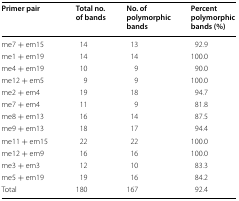
<table><thead><tr><td><b>Primer pair</b></td><td><b>Total no. of bands</b></td><td><b>No. of polymorphic bands</b></td><td><b>Percent polymorphic bands (%)</b></td></tr></thead><tbody><tr><td>me7 + em15</td><td>14</td><td>13</td><td>92.9</td></tr><tr><td>me1 + em19</td><td>14</td><td>14</td><td>100.0</td></tr><tr><td>me4 + em19</td><td>10</td><td>9</td><td>90.0</td></tr><tr><td>me12 + em5</td><td>9</td><td>9</td><td>100.0</td></tr><tr><td>me2 + em4</td><td>19</td><td>18</td><td>94.7</td></tr><tr><td>me7 + em4</td><td>11</td><td>9</td><td>81.8</td></tr><tr><td>me8 + em13</td><td>16</td><td>14</td><td>87.5</td></tr><tr><td>me9 + em13</td><td>18</td><td>17</td><td>94.4</td></tr><tr><td>me11 + em15</td><td>22</td><td>22</td><td>100.0</td></tr><tr><td>me12 + em9</td><td>16</td><td>16</td><td>100.0</td></tr><tr><td>me3 + em3</td><td>12</td><td>10</td><td>83.3</td></tr><tr><td>me5 + em19</td><td>19</td><td>16</td><td>84.2</td></tr><tr><td>Total</td><td>180</td><td>167</td><td>92.4</td></tr></tbody></table>